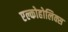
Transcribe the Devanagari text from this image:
एल्कोहोलिक्स